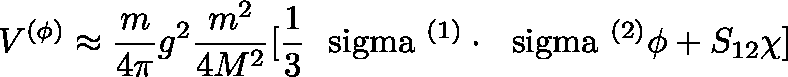
V ^ { ( \phi ) } \approx \frac { m } { 4 \pi } g ^ { 2 } \frac { m ^ { 2 } } { 4 M ^ { 2 } } [ \frac { 1 } { 3 } \mathrm { \boldmath ~ \ s i g m a ~ } ^ { ( 1 ) } \cdot \mathrm { \boldmath ~ \ s i g m a ~ } ^ { ( 2 ) } \phi + S _ { 1 2 } \chi ]